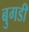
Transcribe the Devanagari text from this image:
बुगडी